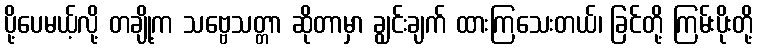
ပို့ပေမယ့်လို့ တချို့က သဗ္ဗေသတ္တာ ဆိုတာမှာ ချွင်းချက် ထားကြသေးတယ်၊ ခြင်တို့ ကြမ်းပိုးတို့